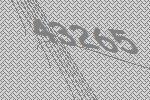
43265